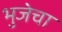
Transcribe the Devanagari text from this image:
भुजेचा